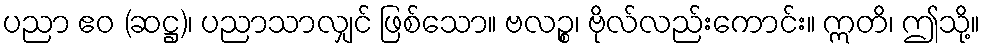
ပညာ ဧဝ (ဆဋ္ဌ)၊ ပညာသာလျှင် ဖြစ်သော။ ဗလဉ္စ၊ ဗိုလ်လည်းကောင်း။ ဣတိ၊ ဤသို့။